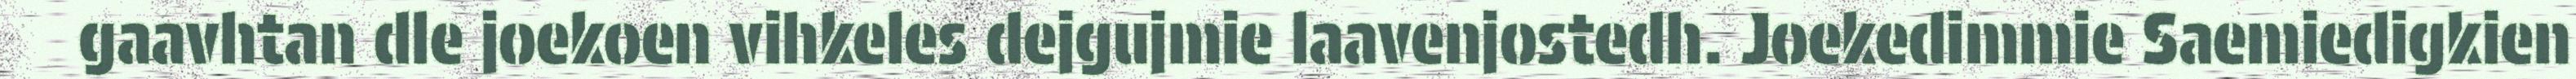
gaavhtan dle joekoen vihkeles dejgujmie laavenjostedh. Joekedimmie Saemiedigkien